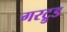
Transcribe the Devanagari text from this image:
गरट्रुड